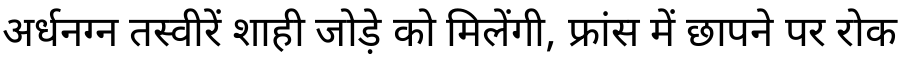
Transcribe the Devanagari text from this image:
अर्धनग्न तस्वीरें शाही जोड़े को मिलेंगी, फ्रांस में छापने पर रोक